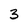
Character: 3